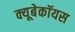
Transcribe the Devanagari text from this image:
क्यूबेकॉयस